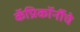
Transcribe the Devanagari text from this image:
कॅप्रिकॉर्नीचे